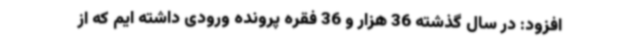
افزود: در سال گذشته 36 هزار و 36 فقره پرونده ورودی داشته ایم که از